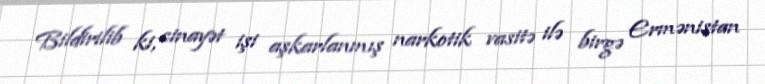
Bildirilib ki, cinayət işi aşkarlanmış narkotik vasitə ilə birgə Ermənistan